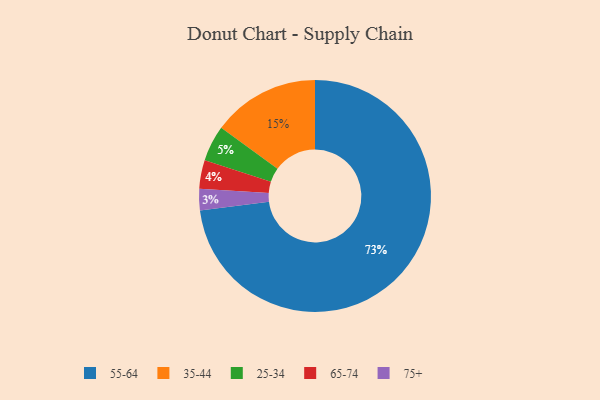
{"axis": {"x": "Category", "y": "Percentage"}, "legend": ["25-34", "35-44", "55-64", "65-74", "75+"], "data": [{"x": "25-34", "y": 5, "type": "25-34"}, {"x": "55-64", "y": 73, "type": "55-64"}, {"x": "75+", "y": 3, "type": "75+"}, {"x": "35-44", "y": 15, "type": "35-44"}, {"x": "65-74", "y": 4, "type": "65-74"}]}